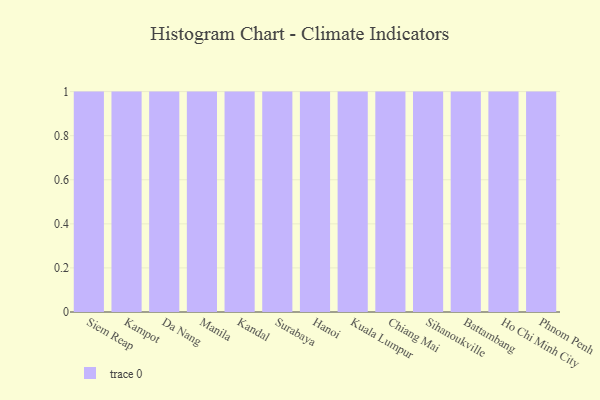
{"axis": {"x": "City", "y": "Population (Million)"}, "legend": [""], "data": [{"x": "Siem Reap", "y": 99, "type": ""}, {"x": "Kampot", "y": 4, "type": ""}, {"x": "Da Nang", "y": 95, "type": ""}, {"x": "Manila", "y": 99, "type": ""}, {"x": "Kandal", "y": 65, "type": ""}, {"x": "Surabaya", "y": 66, "type": ""}, {"x": "Hanoi", "y": 5, "type": ""}, {"x": "Kuala Lumpur", "y": 23, "type": ""}, {"x": "Chiang Mai", "y": 79, "type": ""}, {"x": "Sihanoukville", "y": 43, "type": ""}, {"x": "Battambang", "y": 75, "type": ""}, {"x": "Ho Chi Minh City", "y": 27, "type": ""}, {"x": "Phnom Penh", "y": 33, "type": ""}]}